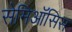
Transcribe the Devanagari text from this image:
सेमिऑसिस